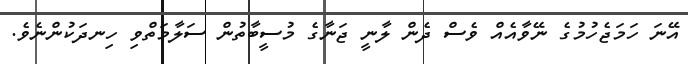
އޭނަ ހަމަޖެހުމުގެ ނޭވާއެއް ވެސް ދެން ލާނީ ޖަނާގެ މުސީބާތުން ސަލާމަތްވި ހިނދަކުންނެވެ.